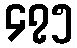
၄၇၅